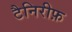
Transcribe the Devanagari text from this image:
टैनिरीफ़